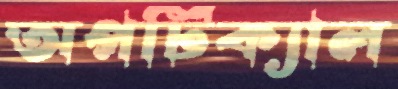
অপটিক্যাল